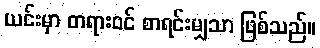
ယင်းမှာ တရားဝင် စာရင်းမျှသာ ဖြစ်သည်။